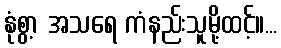
နုံစွာ့ အသရေ ကံနည်းသူမို့ထင့်။...